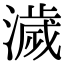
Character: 濊